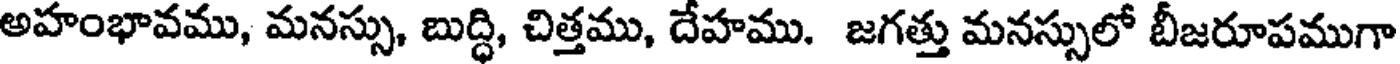
అహంభావము, మనస్సు, బుద్ధి, చిత్తము, దేహము. జగత్తు మనస్సులో బీజరూపముగా